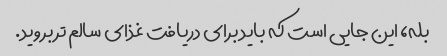
بله، این جایی است که باید برای دریافت غذای سالم تر بروید.